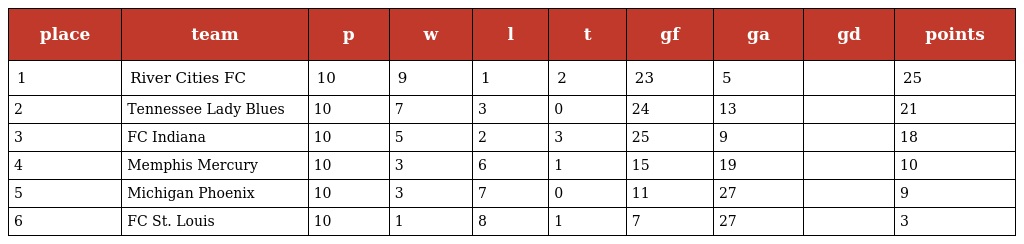
| place | team | p | w | l | t | gf | ga | gd | points |
 | --- | --- | --- | --- | --- | --- | --- | --- | --- | --- |
 | 1 | River Cities FC | 10 | 9 | 1 | 2 | 23 | 5 |  | 25 |
 | 2 | Tennessee Lady Blues | 10 | 7 | 3 | 0 | 24 | 13 |  | 21 |
 | 3 | FC Indiana | 10 | 5 | 2 | 3 | 25 | 9 |  | 18 |
 | 4 | Memphis Mercury | 10 | 3 | 6 | 1 | 15 | 19 |  | 10 |
 | 5 | Michigan Phoenix | 10 | 3 | 7 | 0 | 11 | 27 |  | 9 |
 | 6 | FC St. Louis | 10 | 1 | 8 | 1 | 7 | 27 |  | 3 |